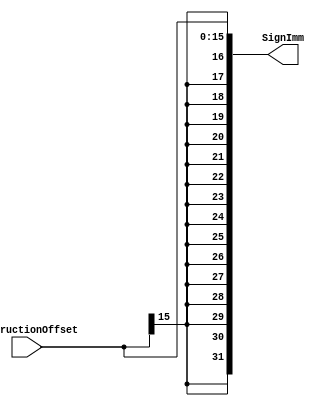
module ExtendedSign (
    input  wire [15:0] InstructionOffset,
    output reg  [31:0] SignImm
);

always @(*) begin
    SignImm = {{16{InstructionOffset[15]}},InstructionOffset};
end
    
endmodule